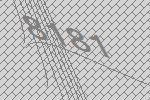
8181